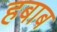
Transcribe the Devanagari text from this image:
हबाब